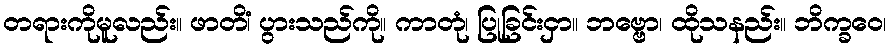
တရားကိုမူလည်း။ ဖာတိံ၊ ပွားသည်ကို။ ကာတုံ၊ ပြုခြင်းငှာ။ ဘဗ္ဗော၊ ထိုသနည်း။ ဘိက္ခဝေ၊